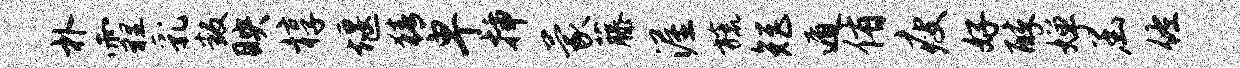
朴霾乳叛映椁堰猜卑插蒙藤渥旒矩遁侑瘦好醉婵函佐